Calcutta medical institutions reports 1879-81 [i.e.91]
Year: 1879
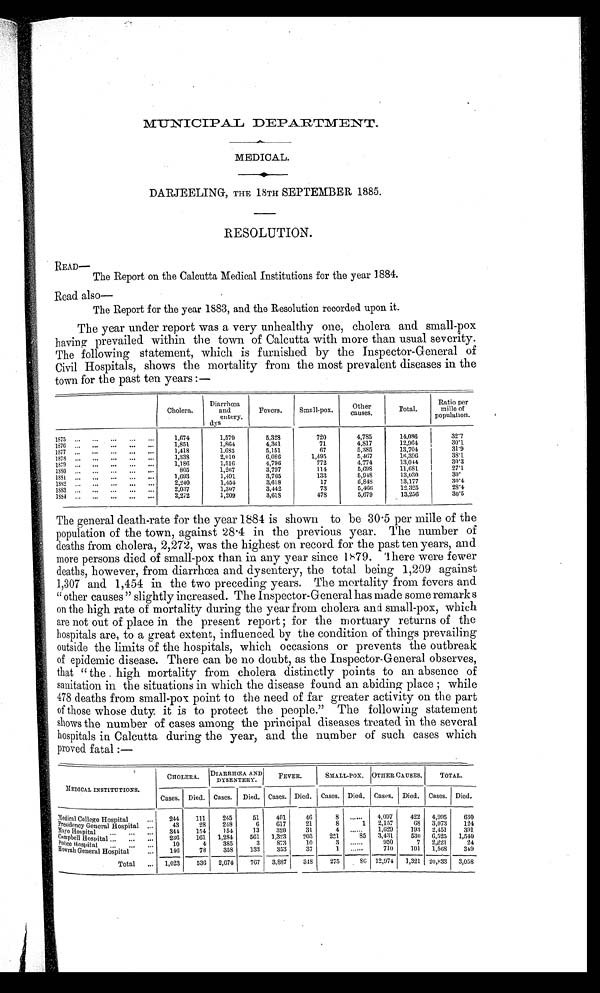
MEDICAL.
DARJEELING, THE 18TH SEPTEMBER 1885.
RESOLUTION.
READ—
The Report on the Calcutta Medical Institutions for the year 1884.
Read also
—
The Report for the year 1883, and the Resolution recorded upon it.
The year under report was a very unhealthy one, cholera and small-pox
having prevailed within the town of Calcutta with more than usual severity.
The following statement, which is furnished by the Inspector-General of
Civil Hospitals, shows the mortality from the most prevalent diseases in the
town for the past ten years:—
Cholera.
Diarrhoea
and
entery
. dys
Fevers.
Small-pox.
Othe
r c a u s e s .
Total.
Ratio per
mille of
p o p u l a t i o n .
1875 ...
...
... ... ...
1,674
1,579
5,328
720
4,785
14,086
3 2 . 7
1876 ... ... ... ... ...
1,851
1,864
4,361
71
4,817
12,964
30.1
1877 ... ... ... ... ...
1,418
1,683
5,151
67
5,385
13,704
31.9
1878 ... ... ... ... ...
1,338
2,010
6,086
1,495
5,467
16,396
38.1
1879 ... ... ... ... ...
1,186
1,516
4,796
772
4,774
13,044
30.3
1880
... ... ... ...
805
1,267
3,797
114
5, 698
11,681
27.1
1881 ... ... ... ... ...
1,693
1,491
3,765
133
5, 948
13,030
3 0 .
1882 ... ... ... ... ...
2,240
1,454
3,618
17
5,848
13,177
30.4
1883 ... ... ... ... ...
2,037
1,307
3,442
73
5, 466
12.325
28.4
1 8 8 4 . . . . . . . . . . . . . . .
2,272
1,209
3,618
478
5,679
13,256
30.5
The general death-rate for the year 1884 is shown to be 30 . 5 per mille of the
population of the town, against 28.4 in the previous year. The number of
deaths from cholera, 2,272, was the highest on record for the past ten years, and
more persons died of small-pox than in any year since 1879. There were fewer
deaths, however, from diarrhœa and dysentery, the total being 1,209 against
1,307 and 1,454 in the two preceding years. The mortality from fevers and
“ o t h e r c a u s e s ” s l i g h t l y i n c r e a s e d . T h e I n s p e c t o r - G e n e r a l h a s m a d e s o m e r e m a r k s
on the high rate of mortality during the year from cholera and small-pox, which
are not out of place in the present report; for the mortuary returns of the
hospitals are, to a great extent, influenced by the condition of things prevailing
outside the limits of the hospitals, which occasions or prevents the outbreak
of epidemic disease. There can be no doubt, as the Inspector-General observes,
that “the high mortality from cholera distinctly points to an absence of
sanitation in the situations in which the disease found an abiding place; while
478 deaths from small-pox point to the need of far greater activity on the part
of those whose duty it is to protect the people.” The following statement
shows the number of cases among the principal diseases treated in the several
hospitals in Calcutta during the year, and the number of such cases which
proved fatal:—
MEDICAL INSTITUTIONS.
CHOLERA.
DIARRHŒA AND
DYSENTERY.
FEVER.
SMALL.POX. OTHER CAUSES.
TOTAL.
Cases. Died. Cases.
Died. Cases. Died. Cases. Died. Cases. Died. Cases. Died.
Medical College Hospital...
244
111
245
51
401
46
8
......
4,097
422
4,995
630
P r e s i d e n c y G e n e r a l H o s p i t a l . . .
43
28
248
6
617
21
8
1
2,157
68
3,073
124
M a y o H o s p i t a l . . . . . . . . . 344 154
154
13
320
31
4
......
1,629
193
2,451
391
C a m p b e l l h H o s p i t a l . . . . . . . . . .
2 3 6
161
1,284
561
1,323
203
251
8 5
3 , 4 3 1 530 6,525 1,540
p o l i c e Ho s p i t a l . . . . . . . . . .
10
4
385
3
873
10
3
. . . . . . 950
7
2,221
2 4
H o w r a h G e n e r a l H o s p i t a l . . .
1 4 6
78
358
133
353
37
1
......
7 1 0
101
1,568
349
Total
...
1,023
536
2,674
767
3,887
348
275
8 6
1 2 , 9 7 4 1,321 20,833
3,058